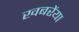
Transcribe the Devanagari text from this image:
खबरेंया